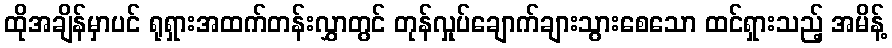
ထိုအချိန်မှာပင် ရုရှားအထက်တန်းလွှာတွင် တုန်လှုပ်ချောက်ချားသွားစေသော ထင်ရှားသည့် အမိန့်